Indian journal of veterinary science and animal husbandry - Volumes 15-17, 1948-1951
Year: 1948
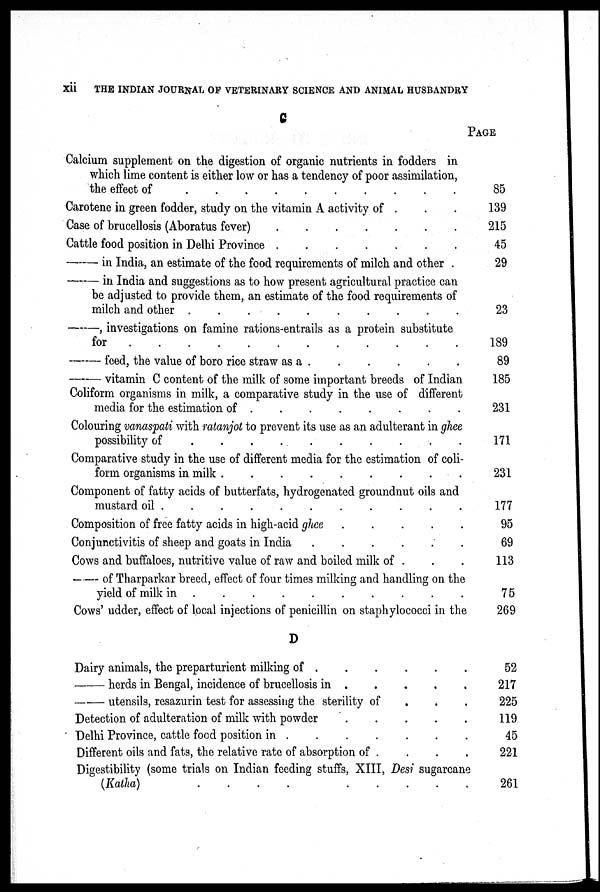
xii
THE INDIAN JOURNAL OF VETERINARY SCIENCE AND ANIMAL HUSBANDRY
C
Calcium supplement on the digestion of organic nutrients in fodders in
which lime content is either low or has a tendency of poor assimilation,
the effect of
.
.
.
.
.
.
.
.
.
.
Carotene in green fodder, study on the vitamin A activity of . . .
Case of brucellosis (Aboratus fever) . . . . . . .
Cattle food position in Delhi Province . . . . . .
—
in India, an estimate of the food requirements of milch and other .
—
in India and suggestions as to how present agricultural practice can
be adjusted to provide them, an estimate of the food requirements of
milch and other
.
.
.
.
.
.
.
.
.
.
—,
investigations on famine rations-entrails as a protein substitute
for
.
.
.
.
.
.
.
.
.
.
.
—
feed, the value of boro rice straw as a . . . . . .
—
vitamin C content of the milk of some important breeds of Indian
Coliform organisms in milk, a comparative study in the use of different
media for the estimation of
.
.
.
.
.
.
.
.
Colouring vanaspati with ratanjot to prevent its use as an adulterant in ghee
possibility of
.
.
.
.
.
.
.
.
.
.
Comparative study in the use of different media for the estimation of coli-
form organisms in milk
.
.
.
.
.
.
.
.
.
.
Component of fatty acids of butterfats, hydrogenated groundnut oils and
mustard oil
.
.
.
.
.
.
.
.
.
.
.
Composition of free fatty acids in high-acid ghee . . . . .
Conjunctivitis of sheep and goats in India . . . . . .
Cows and buffaloes, nutritive value of raw and boiled milk of . . .
— of Tharparkar breed, effect of four times milking and handling on the
yield of milk in
.
.
.
.
.
.
.
.
.
.
Cows' udder, effect of local injections of penicillin on staphylococci in the
D
Dairy animals, the preparturient milking of . . . . . .
—
herds in Bengal, incidence of brucellosis in . . . . . .
—
utensils, resazurin test for assessing the sterility of . . .
Detection of adulteration of milk with powder . . . . .
Delhi Province, cattle food position in . . . . . . .
Different oils and fats, the relative rate of absorption of . . . .
Digestibility (some trials on Indian feeding stuffs, XIII, Desi sugarcane
(Katha)
.
.
.
.
.
.
.
.
.
.
PAGE
85
139
215
45
29
23
189
89
185
231
171
231
177
95
69
113
75
269
52
217
225
119
45
221
261